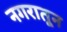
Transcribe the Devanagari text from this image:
नगरातून